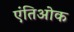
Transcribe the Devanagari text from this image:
एंतिओक